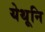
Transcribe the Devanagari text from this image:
येथूनि